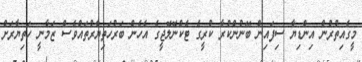
މީގެއިތުރުން އިންޑިޔާ ސިފައިން ބޭނުންކުރާ ކުރީގެ ޓެކްނޮލޮޖީގެ އެހެން ބަރުހަތިޔާރުތައްވެސް ޒަމާނީ ހަތިޔާރަށް